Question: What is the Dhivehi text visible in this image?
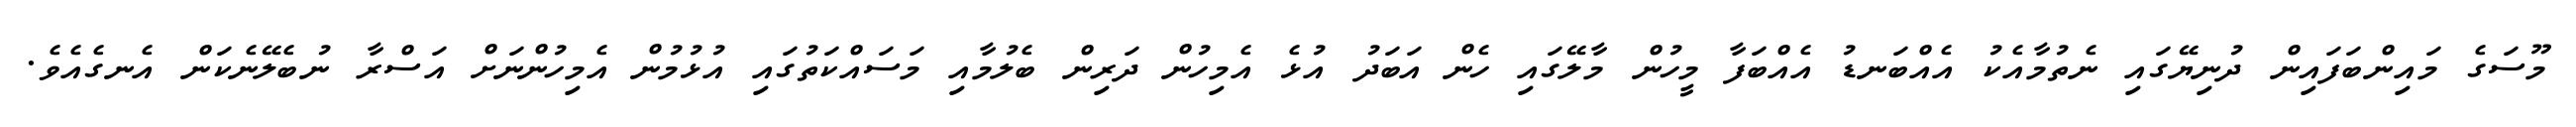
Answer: މޫސަގެ މައިންބަފައިން ދުނިޔޭގައި ނެތުމާއެކު އެއްބަނޑު އެއްބަފާ މީހުން މާލޭގައި ހެން އަބަދު އުޅެ އެމިހުން ދަރިން ބެލުމާއި މަސައްކަތުގައި އުޅުމުން އެމިހުންނަށް އަސްރާ ނުބެލޭނެކަން އެނގެއެވެ.